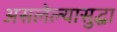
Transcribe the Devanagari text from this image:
असलेल्यासुद्धा